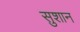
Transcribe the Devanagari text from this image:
सुशान